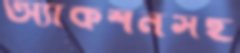
অ্যাকশনসহ